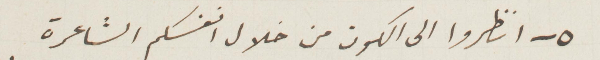
٥ - انظروا إلى الكون من خلال أنفسكم الشاعرة